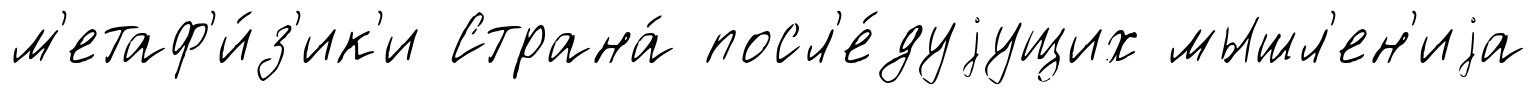
м'етаф'и́з'ик'и Страна́ посл'е́дуjущих мышл'ен'иjа